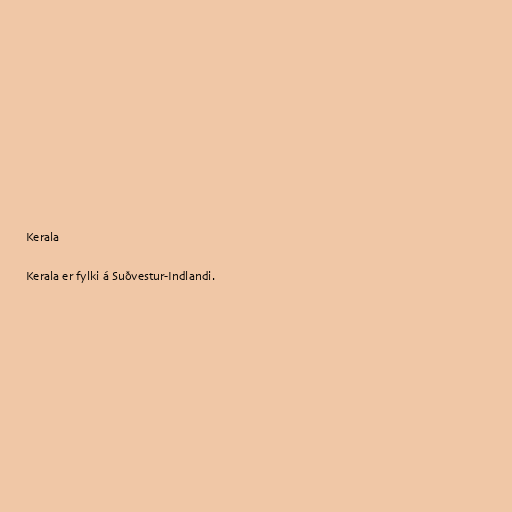
Kerala

Kerala er fylki á Suðvestur-Indlandi.